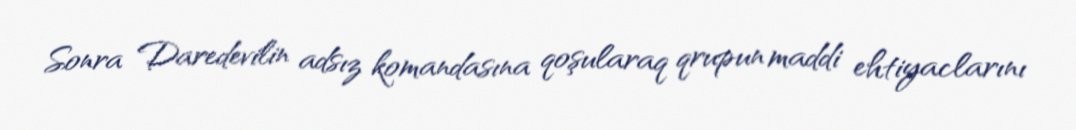
Sonra Daredevilin adsız komandasına qoşularaq qrupun maddi ehtiyaclarını